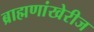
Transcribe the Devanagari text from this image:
ब्राह्मणांखेरीज